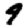
Digit: 9